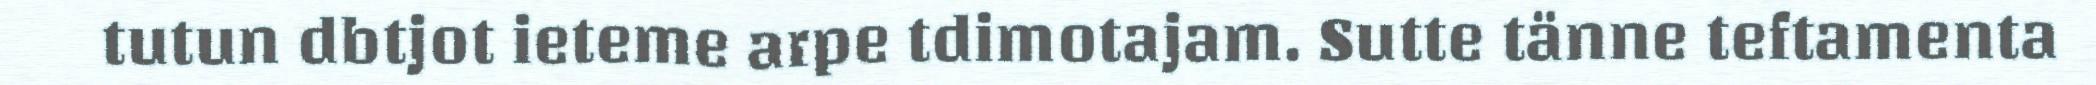
tutun dbtjot ieteme arpe tdimotajam. Sutte tänne teftamenta